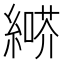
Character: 𦄶